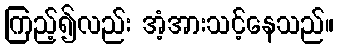
ကြည့်၍လည်း အံ့အားသင့်နေသည်။